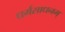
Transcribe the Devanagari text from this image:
धर्मसाधनम्